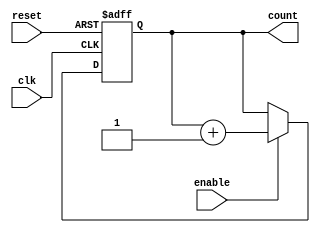
module async_reset_sync_counter #(
    parameter BIT_WIDTH = 4,    // Width of the counter (number of bits)
    parameter INITIAL_VALUE = 0  // Initial value on reset
)(
    input wire clk,              // Clock signal
    input wire reset,            // Asynchronous reset signal (active high)
    input wire enable,           // Count enable signal
    output reg [BIT_WIDTH-1:0] count // Current counter value
);

    // Always block for asynchronous reset and synchronous counting
    always @(posedge clk or posedge reset) begin
        if (reset) begin
            count <= INITIAL_VALUE; // Reset the counter to the initial value
        end else if (enable) begin
            count <= count + 1; // Increment the counter on each clock edge when enabled
        end
    end

endmodule